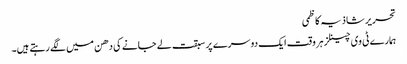
تحریر شاذیہ کاظمی
ہمارے ٹی وی چینلز ہر وقت ایک دوسرے پر سبقت لے جانے کی دھن میں لگے رہتے ہیں۔